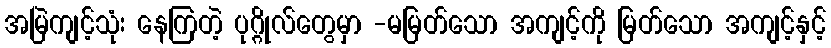
အမြဲကျင့်သုံး နေကြတဲ့ ပုဂ္ဂိုလ်တွေမှာ -မမြတ်သော အကျင့်ကို မြတ်သော အကျင့်နှင့်